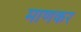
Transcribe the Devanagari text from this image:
माणकर